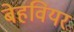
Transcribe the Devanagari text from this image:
बेहवियर